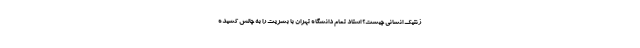
ژنتیک انسانی چیست؟ استاد تمام دانشگاه تهران با بشریت را به چالش کشیده